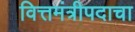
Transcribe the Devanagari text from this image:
वित्तमंत्रीपदाचा